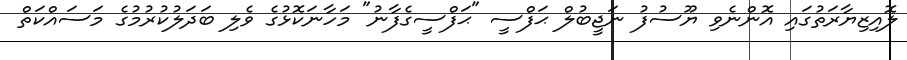
ލޮއިޒިޔާރަތުގައި އޮންނެވި ޔޫސުފު ނަޖީބުލް ޙަފްސީ "ޙަފްސީގެފާނު" މަހާނަކޮޅުގެ ވެލި ބަދަލުކުރުމުގެ މަސައްކަތް